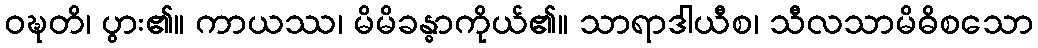
ဝဍ္ဎတိ၊ ပွား၏။ ကာယဿ၊ မိမိခန္ဓာကိုယ်၏။ သာရာဒါယီစ၊ သီလသာမိဓိစသော